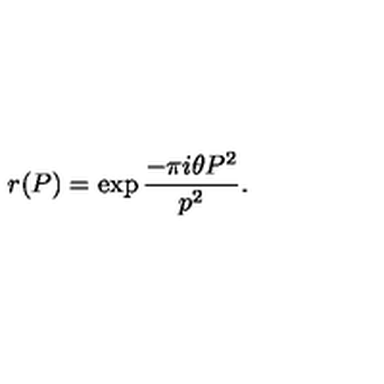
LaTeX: r ( P ) = \exp { \frac { - \pi i \theta P ^ { 2 } } { p ^ { 2 } } } .